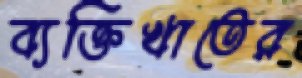
ব্যক্তিখাতের